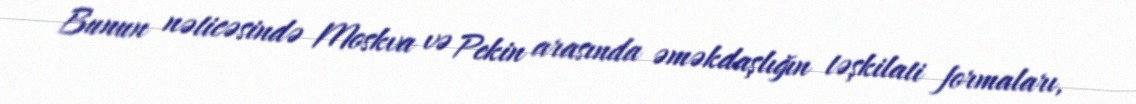
Bunun nəticəsində Moskva və Pekin arasında əməkdaşlığın təşkilati formaları,